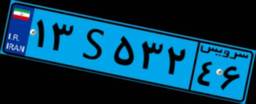
۱۰S۸۶۵۰۰